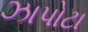
ઝાપોટા